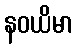
နဝယိမာ